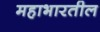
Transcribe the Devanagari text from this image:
महाभारतील